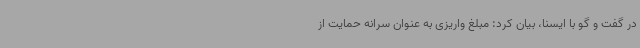
در گفت و گو با ایسنا، بیان کرد: مبلغ واریزی به عنوان سرانه حمایت از